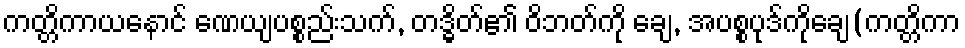
ကတ္တိကာယနောင် ဏေယျပစ္စည်းသက်, တဒ္ဓိတ်၏ ဝိဘတ်ကို ချေ, အပစ္စပုဒ်ကိုချေ(ကတ္တိကာ